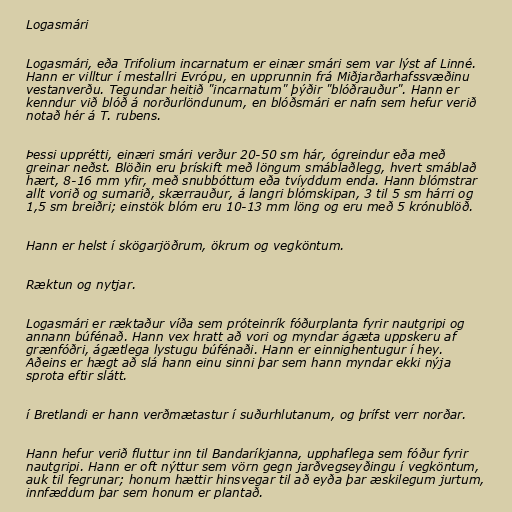
Logasmári

Logasmári, eða Trifolium incarnatum er einær smári sem var lýst af Linné.
Hann er villtur í mestallri Evrópu, en upprunnin frá Miðjarðarhafssvæðinu
vestanverðu. Tegundar heitið "incarnatum" þýðir "blóðrauður". Hann er
kenndur við blóð á norðurlöndunum, en blóðsmári er nafn sem hefur verið
notað hér á T. rubens.

Þessi upprétti, einæri smári verður 20-50 sm hár, ógreindur eða með
greinar neðst. Blöðin eru þrískift með löngum smáblaðlegg, hvert smáblað
hært, 8-16 mm yfir, með snubbóttum eða tvíyddum enda. Hann blómstrar
allt vorið og sumarið, skærrauður, á langri blómskipan, 3 til 5 sm hárri og
1,5 sm breiðri; einstök blóm eru 10-13 mm löng og eru með 5 krónublöð.

Hann er helst í skögarjöðrum, ökrum og vegköntum.

Ræktun og nytjar.

Logasmári er ræktaður víða sem próteinrík fóðurplanta fyrir nautgripi og
annann búfénað. Hann vex hratt að vori og myndar ágæta uppskeru af
grænfóðri, ágætlega lystugu búfénaði. Hann er einnighentugur í hey.
Aðeins er hægt að slá hann einu sinni þar sem hann myndar ekki nýja
sprota eftir slátt.

í Bretlandi er hann verðmætastur í suðurhlutanum, og þrífst verr norðar.

Hann hefur verið fluttur inn til Bandaríkjanna, upphaflega sem fóður fyrir
nautgripi. Hann er oft nýttur sem vörn gegn jarðvegseyðingu í vegköntum,
auk til fegrunar; honum hættir hinsvegar til að eyða þar æskilegum jurtum,
innfæddum þar sem honum er plantað.